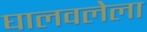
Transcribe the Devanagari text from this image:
घालवलेला